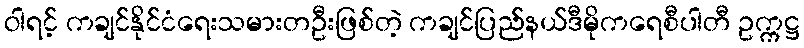
ဝါရင့် ကချင်နိုင်ငံရေးသမားတဦးဖြစ်တဲ့ ကချင်ပြည်နယ်ဒီမိုကရေစီပါတီ ဥက္ကဋ္ဌ